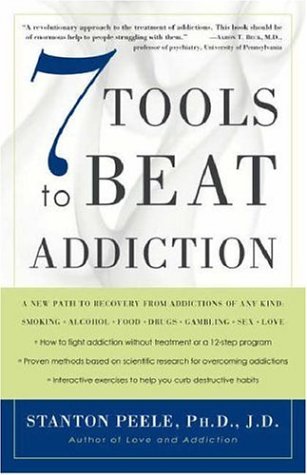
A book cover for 7 Tools to Beat Addiction; Stanton Peele; Health, Fitness & Dieting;